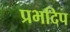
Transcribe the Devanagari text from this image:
प्रभदिप